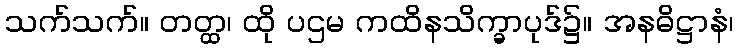
သက်သက်။ တတ္ထ၊ ထို ပဌမ ကထိနသိက္ခာပုဒ်၌။ အနဓိဋ္ဌာနံ၊